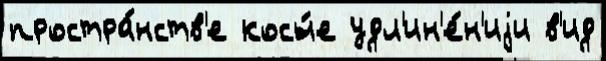
простра́нств'е косы́е удл'ин'е́н'иjи в'ид